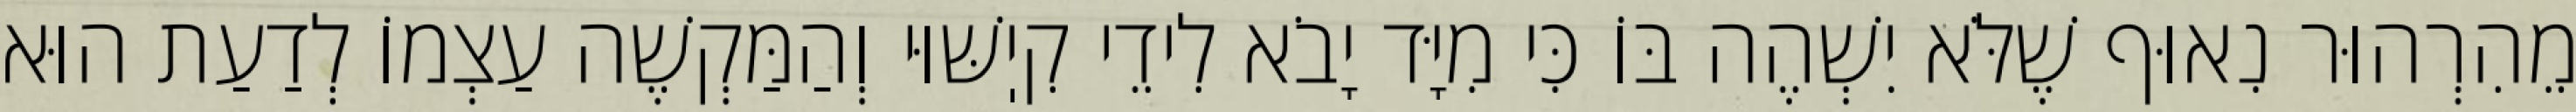
מֵהִרְהוּר נִאוּף שֶׁלֹּא יִשְׁהֶה בּוֹ כִּי מִיָּד יָבֹא לִידֵי קִיֽשּׁוּי וְהַמַּקְשֶׁה עַצְמוֹ לְדַעַת הוּא